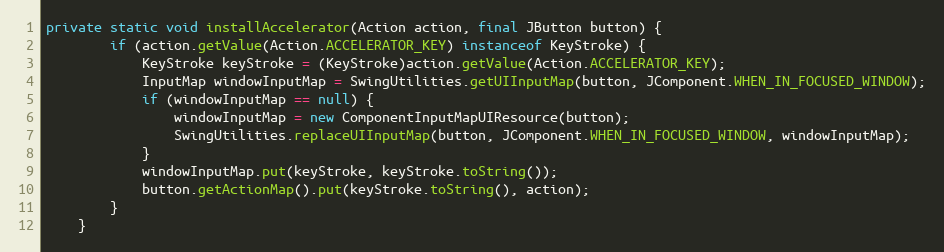
Language: Java
private static void installAccelerator(Action action, final JButton button) {
		if (action.getValue(Action.ACCELERATOR_KEY) instanceof KeyStroke) {
			KeyStroke keyStroke = (KeyStroke)action.getValue(Action.ACCELERATOR_KEY);
			InputMap windowInputMap = SwingUtilities.getUIInputMap(button, JComponent.WHEN_IN_FOCUSED_WINDOW);
			if (windowInputMap == null) {
				windowInputMap = new ComponentInputMapUIResource(button);
				SwingUtilities.replaceUIInputMap(button, JComponent.WHEN_IN_FOCUSED_WINDOW, windowInputMap);
			}
			windowInputMap.put(keyStroke, keyStroke.toString());
			button.getActionMap().put(keyStroke.toString(), action);
		}
	}